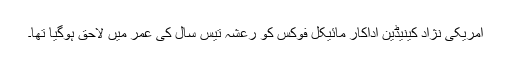
امریکی نژاد کینیڈین اداکار مائیکل فوکس کو رعشہ تیس سال کی عمر میں لاحق ہوگیا تھا۔